Lunatic asylums Punjab 1868-1880 - 1868-1880
Year: 1868
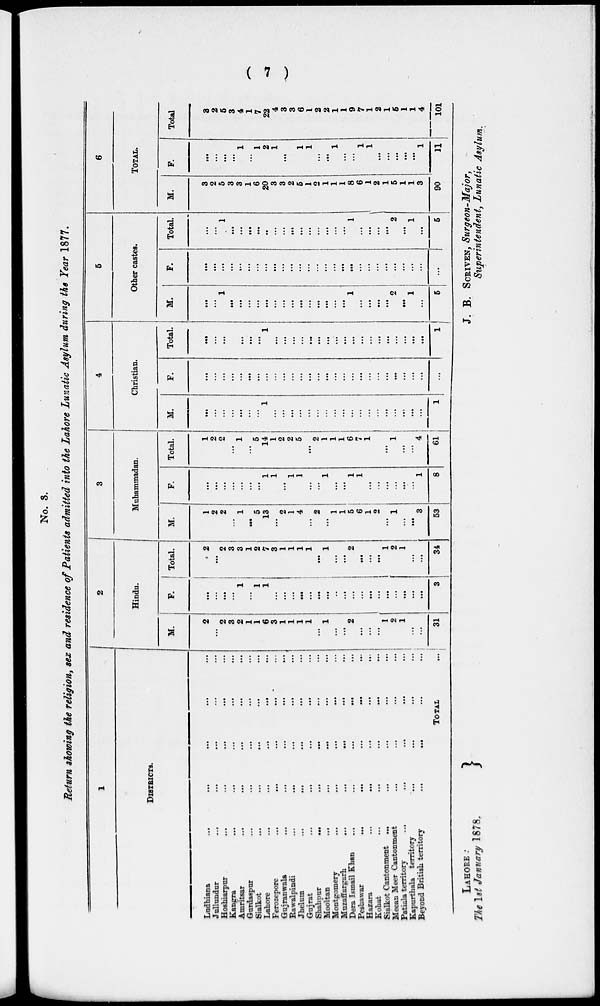
( 7 )
No. 3.
Return showing the religion, sex and residence of Patients admitted into the Lahore Lunatic Asylum during the Year 1877.
1
DISTRICTS.
Ludhiana ... ... ... ... ...
Jullundur ... ... ... ... ...
Hoshiarpur ... ... ... ... ...
Kangra
...
...
...
...
...
Amritsar ... ... ... ... ...
Gurdaspur ... ... ... ... ...
Sialkot ... ... ... ... ...
Lahore
...
...
...
...
...
Ferozepore ... ... ... ... ...
Gujranwala
...
...
...
...
...
Rawalpindi ... ... ... ... ...
Jhelum
...
...
...
...
...
Gujrat
...
...
...
...
...
ShahDur
...
...
...
...
...
Mooltan
...
...
...
...
...
Montgomery
...
...
...
...
...
Muzaffargarh
...
...
...
...
...
Dera Ismail Khan
...
...
...
...
...
Peshawar
...
...
...
...
...
Hazara
...
...
...
...
...
Kohat
...
...
...
...
...
Sialkot Cantonment ... ... ... ... ...
Meean Meer Cantonment
...
...
...
...
Patiala territory ... ... ... ... ...
Kapurthals territory ... ... ... ...
Beyond British territory ... ... ... ... ...
TOTAL ...
2
Hindu.
M.
2
...
2
3
2
1
1
6
3
1
1
1
1
...
1
...
...
2
...
...
...
1
2
1
...
...
31
F.
...
...
...
...
1
...
1
1
...
...
...
...
...
...
...
..
...
...
...
...
...
...
...
...
...
...
3
Total.
2
...
2
3
3
1
2
7
3
1
1
1
1
...
1
...
...
2
...
...
...
1
2
1
...
...
34
3
Muhammadan.
M.
1
2
2
...
1
...
5
13
...
2
1
4
...
2
...
1
1
5
6
1
2
...
1
...
... 3
53
F.
...
...
...
...
...
...
...
1
1
...
1
1
...
...
1
...
... 1
1
...
...
...
...
...
...
1
8
Total.
1
2
2
...
1
...
5
14
1
2
2
5
...
2
1
1
1
6
7
1
...
...
1
...
...
4
61
4
Christian.
M.
...
...
...
...
...
...
...
1
...
...
...
...
...
...
...
...
...
...
...
...
...
...
...
...
...
...
1
F.
...
...
...
...
...
...
...
...
...
...
...
...
...
...
...
...
...
...
...
...
...
...
...
...
...
...
1
Total.
...
...
...
...
...
...
1
...
...
...
...
...
...
...
...
...
...
...
...
...
...
...
...
...
...
...
5
Other castes.
M.
...
...
1
...
...
...
...
...
...
...
...
...
...
...
...
...
...
1
...
...
...
...
2
...
1
...
5
F.
...
...
...
...
...
...
...
...
...
...
...
...
...
...
...
...
...
...
...
...
...
...
...
...
...
...
...
Total.
...
...
1
...
...
...
...
...
...
...
...
...
...
...
...
...
...
1
...
...
...
...
2
...
1
...
5
6
TOTAL.
M.
3
2
5
3
3
1
6
20
3
3
2
5
1
...
1
1
1
8
6
1
2
1
5
1
1
3
90
F.
...
...
...
...
1
...
1
2
1
...
...
1
1
...
...
1
...
...
1
1
...
...
...
...
...
1
11
Total
3
2
5
3
4
1
7
22
4
3
3
6
1
2
2
1
1
9
7
1
2
1
5
1
1
4
101
LAHORE :
The 1st January 1878.
J. B. SCRIVEN, Surgeon-Major,
Superintendent, Lunatic Asylum.